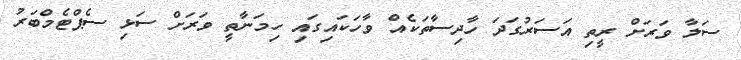
ސަލާ ވަރަށް ރީތި އަސަރުގަދަ ހާދިސާތަކެއް ވާހަކައިގައި ހިމަނާތީ ވަރަށް ސަޅި ސެޕްޓެމްބަރު